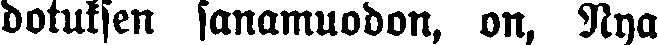
dotuksen sanamuodon, on, Nya